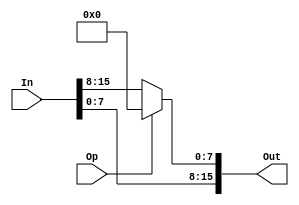
/*
    shift left/rotate left 8 bit
 */
module left_8 (In, Op, Out);
    parameter   N = 16;
    
    input [N-1:0]  In;
    input Op;
    output [N-1:0] Out;
    
    assign Out[7:0] = Op ? 8'b0 : In[15:8];
    assign Out[15:8] = In[7:0];
endmodule